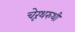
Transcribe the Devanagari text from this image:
चेरूथरुथी